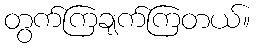
တွက်ကြချက်ကြတယ်။